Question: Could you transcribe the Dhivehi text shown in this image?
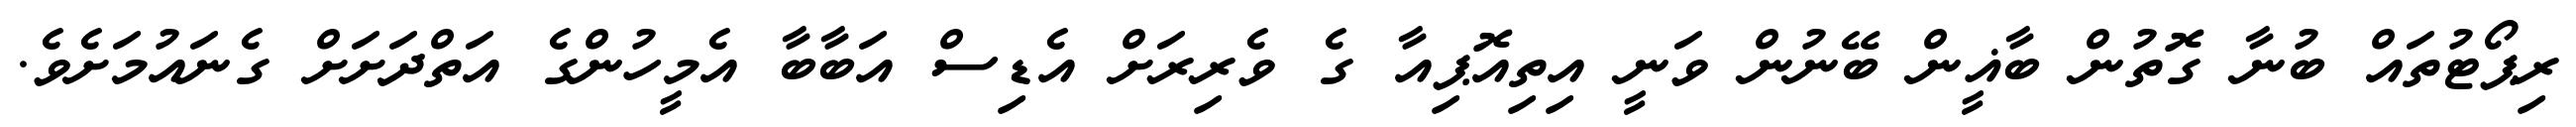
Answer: ރިޕޯޓުތައް ބުނާ ގޮތުން ބާޣީން ބޭނުން ވަނީ އިތިއޮޕިއާ ގެ ވެރިރަށް އެޑިސް އަބާބާ އެމީހުންގެ އަތްދަށަށް ގެނައުމަށެވެ.